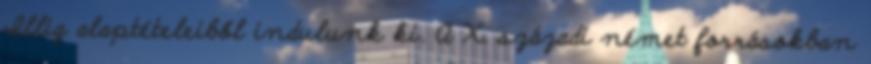
Illig alaptételeiből indulunk ki. A X. századi német forrásokban